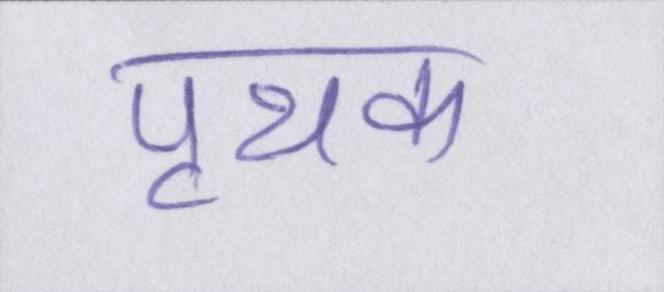
पृथक